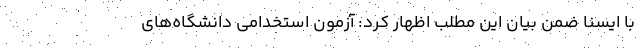
با ایسنا ضمن بیان این مطلب اظهار کرد: آزمون استخدامی دانشگاه­‌های